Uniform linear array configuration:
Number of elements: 12
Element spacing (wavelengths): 0.5
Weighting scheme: binomial
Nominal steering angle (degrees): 60
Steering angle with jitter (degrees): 60.388
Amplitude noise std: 0.05
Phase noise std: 0.05

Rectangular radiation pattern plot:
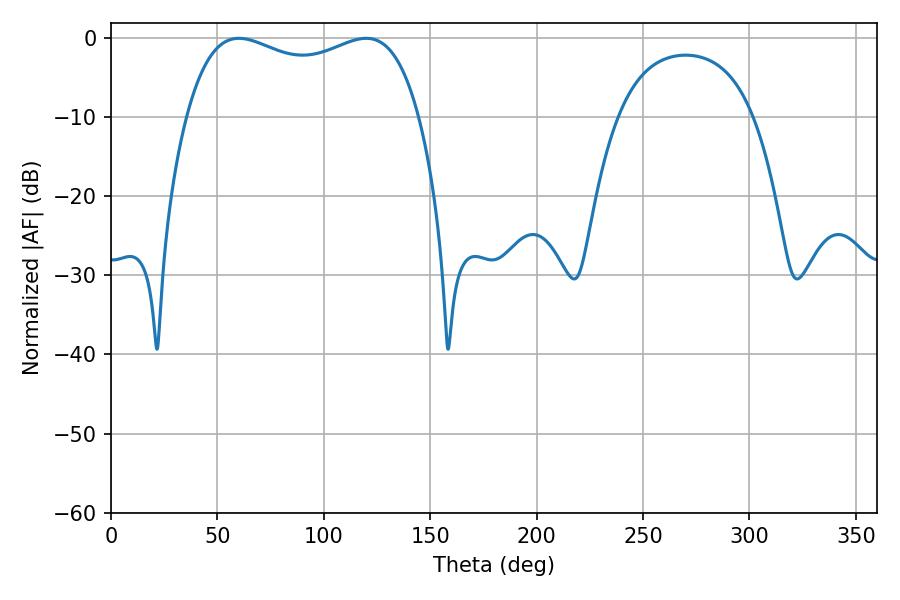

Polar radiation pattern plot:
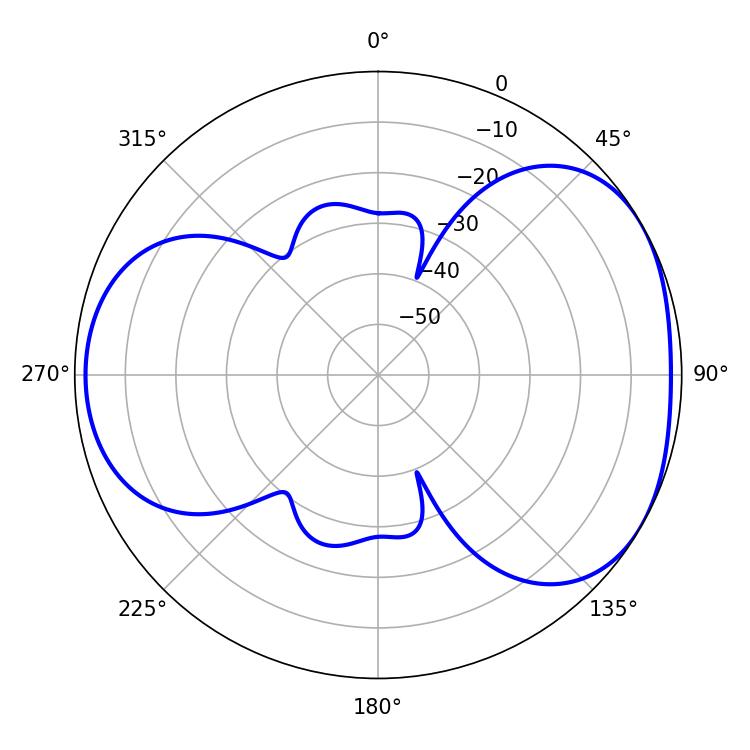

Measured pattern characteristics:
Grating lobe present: FALSE
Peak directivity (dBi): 4.341
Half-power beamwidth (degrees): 89.64
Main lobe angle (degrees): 60.12